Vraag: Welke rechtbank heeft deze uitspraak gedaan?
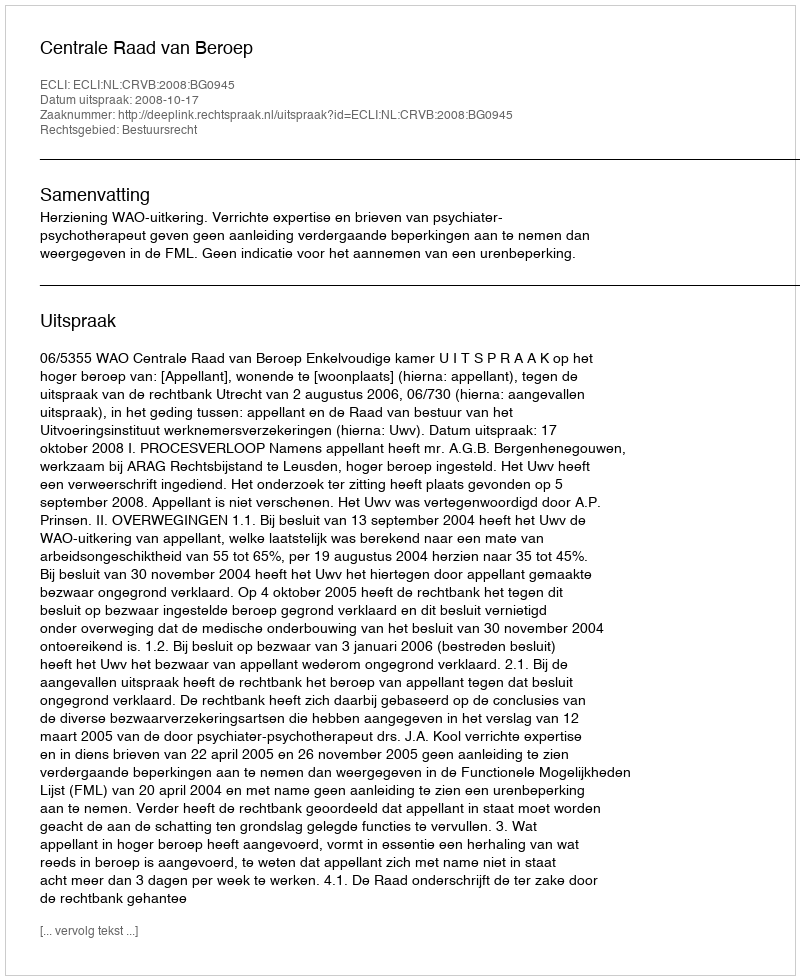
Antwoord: Centrale Raad van Beroep